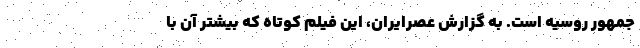
جمهور روسیه است. به گزارش عصرایران، این فیلمِ کوتاه که بیشتر آن با